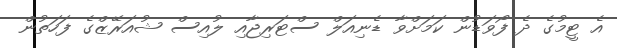
އެ ޓީމުގެ ދެ ފޯވަޑުން ކަމަށްވާ ޑެނިއަލް ސްޓަރިޖާއި ލުއިސް ޝުއަރޭޒްގެ ފަހަތުން